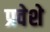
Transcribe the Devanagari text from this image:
प्रवेशे